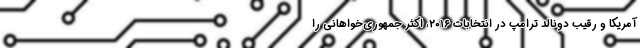
آمریکا و رقیب دونالد ترامپ در انتخابات ۲۰۱۶، اکثر جمهوری‌خواهانی را